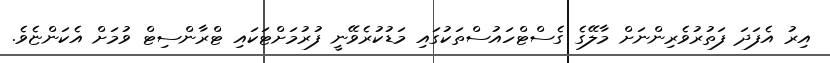
އިރު އެފަދަ ފަތުރުވެރިންނަށް މާލޭގެ ގެސްޓްހައުސްތަކުގައި މަޑުކުރެވޭނީ ފުރުމަށްޓަކައި ޓްރާންސިޓް ވުމަށް އެކަންޏެވެ.